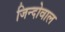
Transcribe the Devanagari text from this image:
जिन्दोवाल